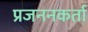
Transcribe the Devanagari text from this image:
प्रजननकर्ता